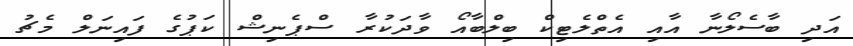
އަދި ބާސެލޯނާ އާއި އެތްލެޓިކް ބިލްބާއޯ ވާދަކުރާ ސްޕެނިޝް ކަޕުގެ ފައިނަލް މެޗު